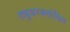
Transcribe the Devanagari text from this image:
ट्यूबरक्लोसिस